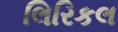
લિરિકલ